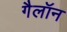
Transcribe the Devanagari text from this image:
गैलॉन